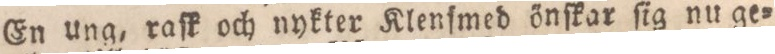
En ung, raſk och nykter Klenſmed önſkar ſig nu ge=